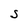
Character: S